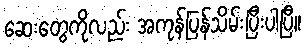
ဆေးတွေကိုလည်း အကုန်ပြန်သိမ်းပြီးပါပြီ။